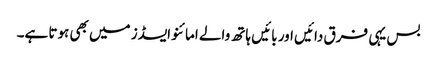
بس یہی فرق دائیں اور بائیں ہاتھ والے امائنو ایسڈز میں بھی ہوتا ہے۔